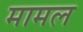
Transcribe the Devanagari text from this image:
मामल